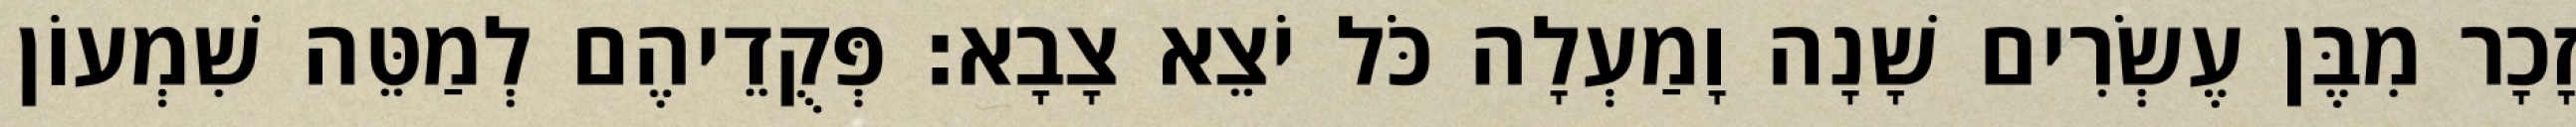
זָכָר מִבֶּן עֶשְׂרִים שָׁנָה וָמַעְלָה כֹּל יֹצֵא צָבָא׃ פְּקֻדֵיהֶם לְמַטֵּה שִׁמְעוֹן